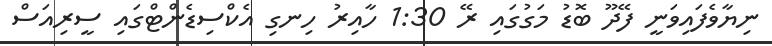
ނިޔާވެފައިވަނީ ފޭދޫ ބޮޑު މަގުގައި ރޭ 1:30 ހާއިރު ހިނގި އެކްސިޑެންޓްގައި ސީރިއަސް